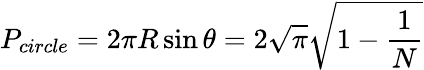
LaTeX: P_{circle}=2\pi R\sin\theta=2\sqrt{\pi}\sqrt{1-\frac{1}{N}}